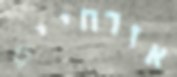
אזרחיים